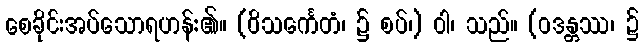
စေခိုင်းအပ်သောရဟန်း၏။ (ဝိသင်္ကေတံ၊ ၌ စပ်၊) ဝါ၊ သည်။ (ဝဒန္တဿ၊ ၌